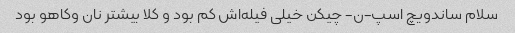
سلام ساندویچ اسپ-ن- چیکن خیلی فیله‌اش کم بود و کلا بیشتر نان وکاهو بود